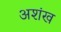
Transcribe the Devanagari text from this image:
अशंख